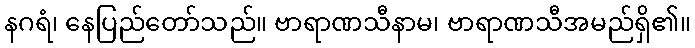
နဂရံ၊ နေပြည်တော်သည်။ ဗာရာဏသီနာမ၊ ဗာရာဏသီအမည်ရှိ၏။